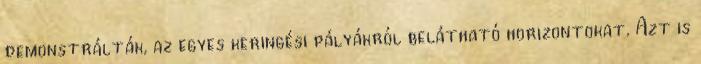
demonstrálták, az egyes keringési pályákról belátható horizontokat. Azt is